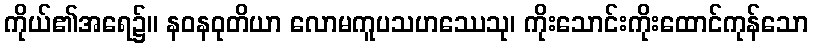
ကိုယ်၏အရေ၌။ နဝနဝုတိယာ လောမကူပသဟဿေသု၊ ကိုးသောင်းကိုးထောင်ကုန်သော